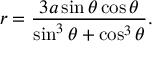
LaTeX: r = { \frac { 3 a \sin \theta \cos \theta } { \sin ^ { 3 } \theta + \cos ^ { 3 } \theta } } .